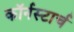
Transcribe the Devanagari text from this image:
कॉर्नस्टार्च